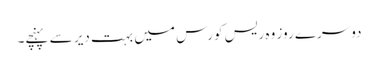
دوسرے روز وہ ریس کورس میں بہت دیر سے پہنچے۔